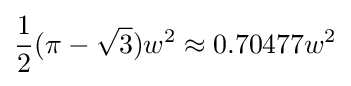
{\frac {1}{2}}(\pi -{\sqrt {3}})w^{2}\approx 0.70477w^{2}